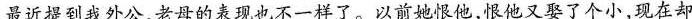
最近提到我外公，老母的表现也不一样了。以前她恨他，恨他又娶了个小，现在却